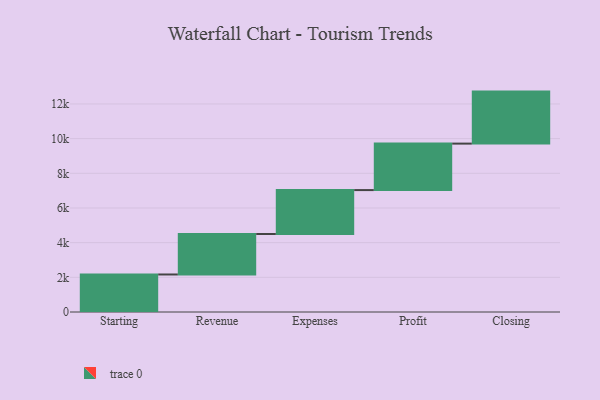
{"axis": {"x": "Step", "y": "Value"}, "legend": [""], "data": [{"x": "Starting", "y": 2164.0, "type": ""}, {"x": "Revenue", "y": 2335.0, "type": ""}, {"x": "Expenses", "y": 2533.0, "type": ""}, {"x": "Profit", "y": 2681.0, "type": ""}, {"x": "Closing", "y": 3000, "type": ""}]}